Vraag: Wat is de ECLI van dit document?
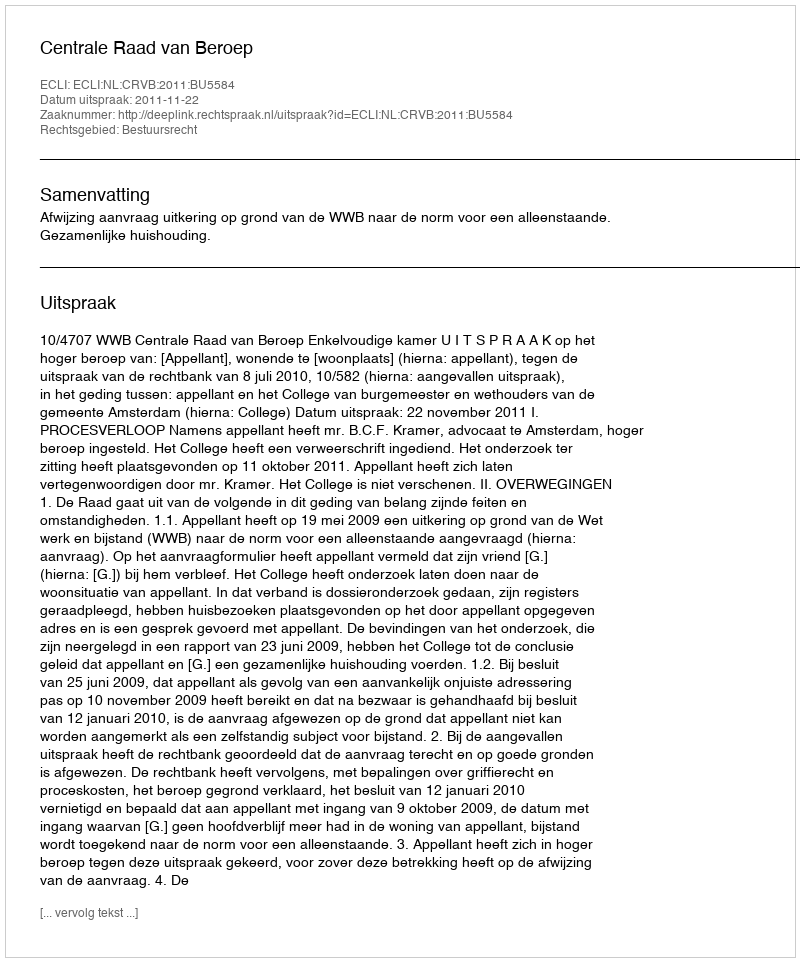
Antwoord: ECLI:NL:CRVB:2011:BU5584